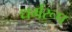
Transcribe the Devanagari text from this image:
धर्मरूप